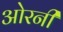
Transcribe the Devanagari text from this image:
ओरनी